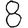
Digit: 8